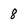
Character: 8